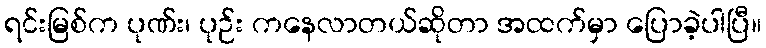
ရင်းမြစ်က ပုဏ်း၊ ပုဉ်း ကနေလာတယ်ဆိုတာ အထက်မှာ ပြောခဲ့ပါပြီ။